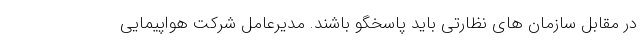
در مقابل سازمان های نظارتی باید پاسخگو باشند. مدیرعامل شرکت هواپیمایی